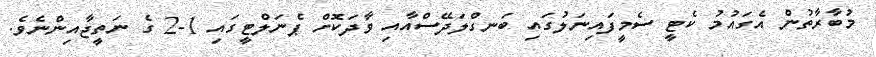
މުބާރާތުން އެގައުމު ކެޓީ ސެމީފައިނަލުގައި ބަނގްލަދޭސްއާއި ވާދަކޮށް ޕެނަލްޓީގައި 1-2 ގެ ނަތީޖާއިންނެވެ.